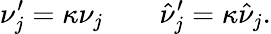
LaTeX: \nu_{j}^{\prime}=\kappa\nu_{j}\quad\quad\hat{\nu}_{j}^{\prime}=\kappa\hat{\nu}_{j}.